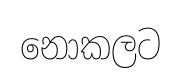
නොකලට